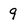
Character: 9